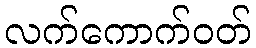
လက်ကောက်ဝတ်